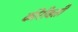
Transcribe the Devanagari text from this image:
कीरीबती